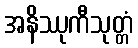
အနိဿုကီသုတ္တံ